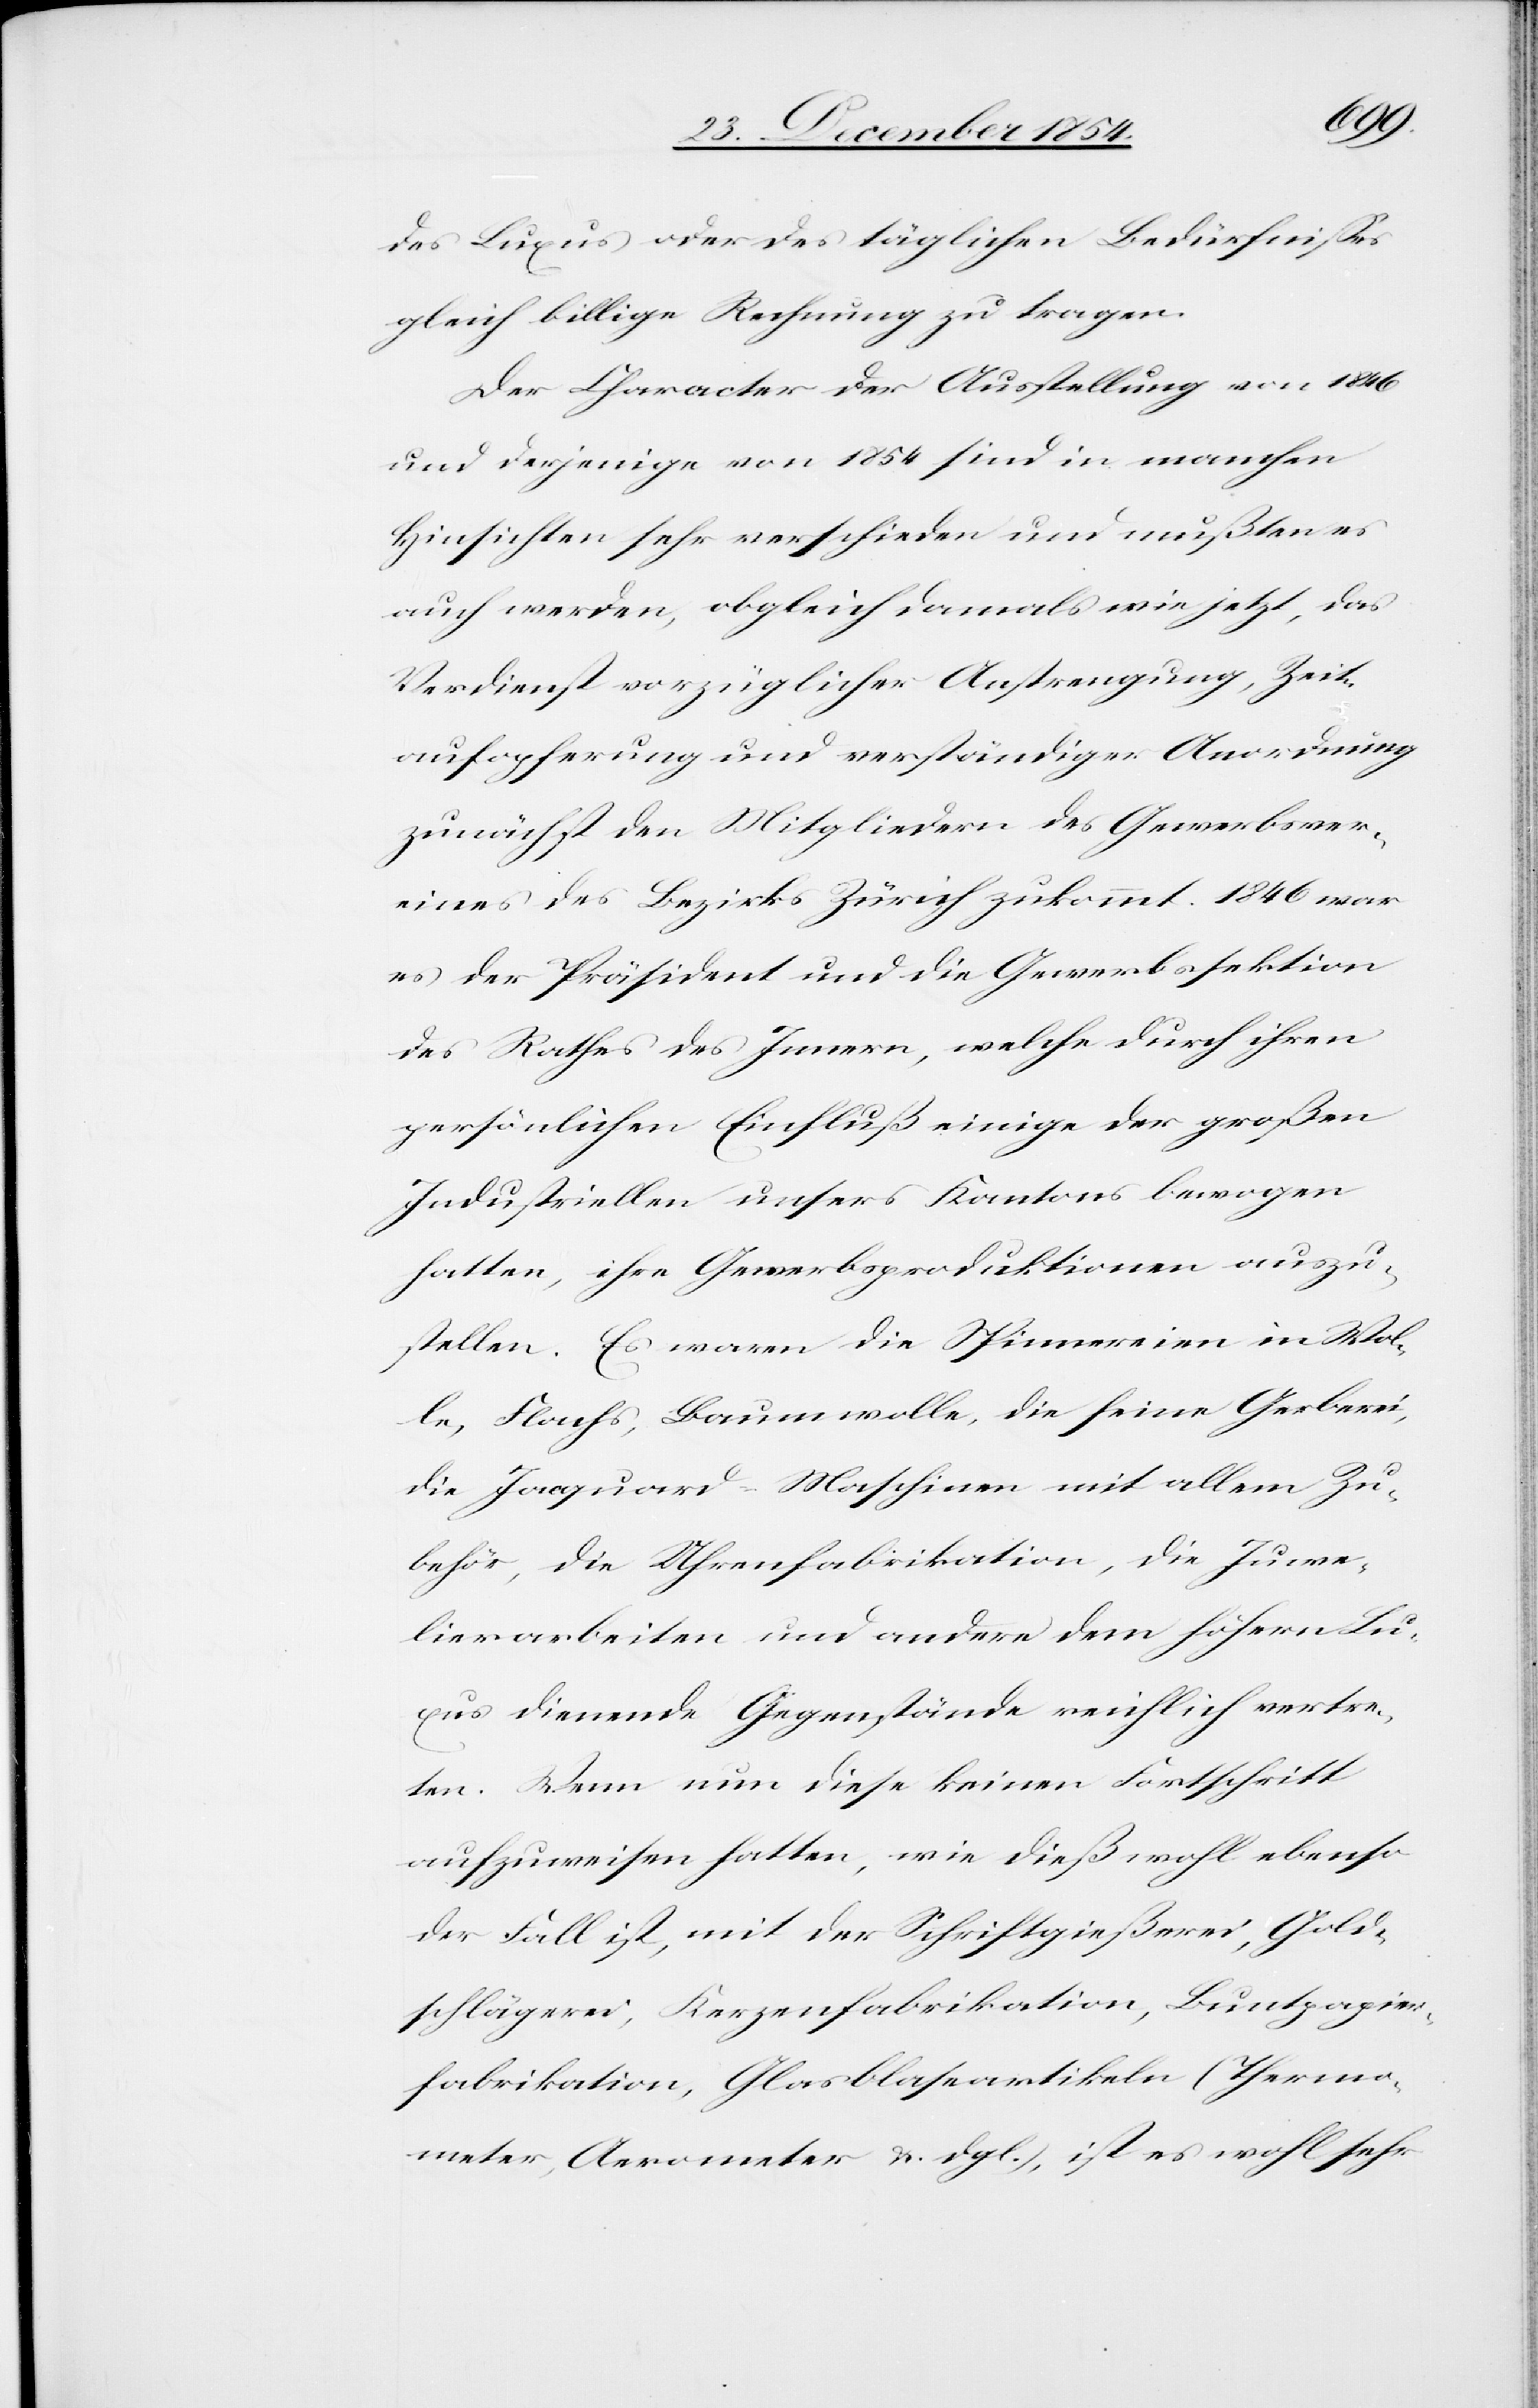
des Luxus oder des täglichen Bedürfnißes
gleich billige Rechnung zu tragen.
Der Character der Ausstellung von 1846
und derjenige von 1854 sind in manchen
Hinsichten sehr verschieden und mußten es
auch werden, obgleich damals wie jetzt, das
Verdienst vorzüglicher Anstrengung, Zeit¬
aufopferung und verständiger Anordnung
zunächst den Mitgliedern des Gewerbsver¬
eines des Bezirks Zürich zukommt. 1846 war
es der Präsident und die Gewerbssektion
des Rathes des Innern, welche durch ihren
persönlichen Einfluß einige der großen
Industriellen unsers Kantons bewogen
hatten, ihre Gewerbsproduktionen auszu¬
stellen. Es waren die Spinnereien in Wol¬
le, Flachs, Baumwolle, die seine Gerberei,
die Jacquard-Maschinen mit allem Zu¬
behör, die Uhrenfabrikation, die Juwe¬
lierarbeiten und andere dem höhern Lux¬
us dienende Gegenstände reichlich vertre¬
ten. Wenn nun diese keinen Fortschritt
aufzuweisen hatte, wie dieß wohl ebenso
der Fall ist, mit der Schriftgießerei, Gold¬
schlägerei, Kerzenfabrikation, Buntpapier¬
fabrikation, Glasblaseartikeln (Thermo¬
meter, Aerometer u. dgl.), ist es wohl sehr